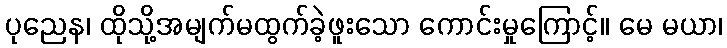
ပုညေန၊ ထိုသို့အမျက်မထွက်ခဲ့ဖူးသော ကောင်းမှုကြောင့်။ မေ မယာ၊